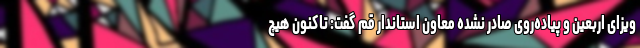
ویزای اربعین و پیاده‌روی صادر نشده معاون استاندار قم گفت: تاکنون هیچ